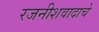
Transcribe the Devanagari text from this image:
रजनीशवादाचे